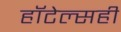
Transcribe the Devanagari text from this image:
हॉटेल्सही